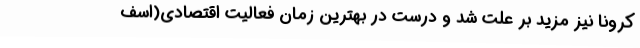
کرونا نیز مزید بر علت شد و درست در بهترین زمان فعالیت اقتصادی(اسف